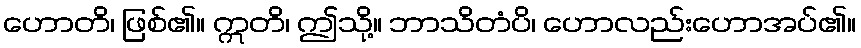
ဟောတိ၊ ဖြစ်၏။ ဣတိ၊ ဤသို့။ ဘာသိတံပိ၊ ဟောလည်းဟောအပ်၏။